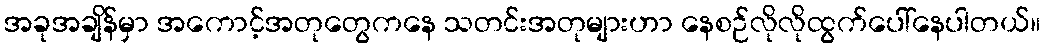
အခုအချိန်မှာ အကောင့်အတုတွေကနေ သတင်းအတုများဟာ နေစဉ်လိုလိုထွက်ပေါ်နေပါတယ်။